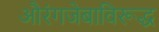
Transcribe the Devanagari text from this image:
औरंगजेबाविरूद्ध